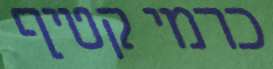
כרמי קטיף